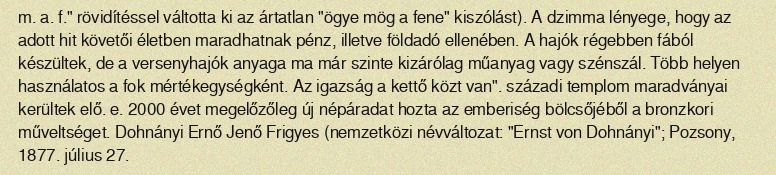
m. a. f." rövidítéssel váltotta ki az ártatlan "ögye mög a fene" kiszólást). A dzimma lényege, hogy az adott hit követői életben maradhatnak pénz, illetve földadó ellenében. A hajók régebben fából készültek, de a versenyhajók anyaga ma már szinte kizárólag műanyag vagy szénszál. Több helyen használatos a fok mértékegységként. Az igazság a kettő közt van". századi templom maradványai kerültek elő. e. 2000 évet megelőzőleg új népáradat hozta az emberiség bölcsőjéből a bronzkori műveltséget. Dohnányi Ernő Jenő Frigyes (nemzetközi névváltozat: "Ernst von Dohnányi"; Pozsony, 1877. július 27.